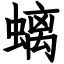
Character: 螭